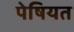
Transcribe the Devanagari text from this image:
पेषियत